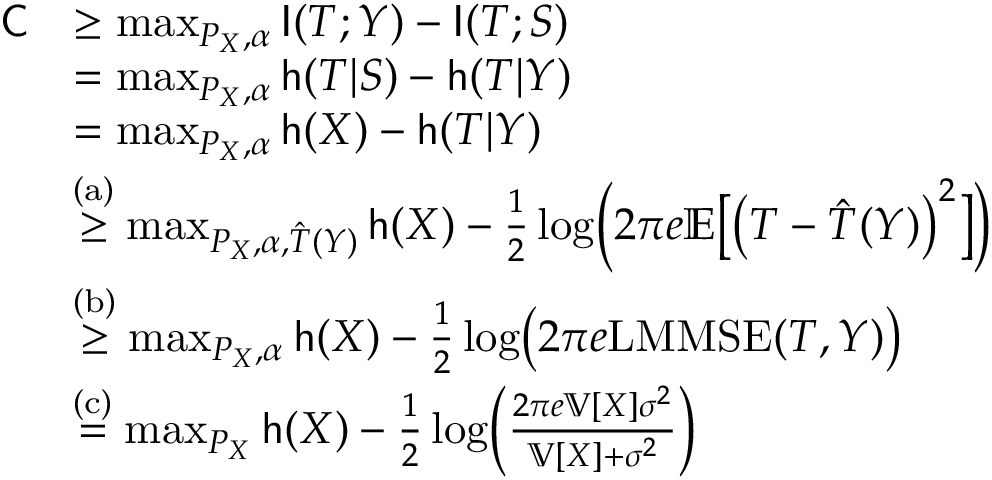
\begin{array} { r l } { \mathsf { C } } & { \ge \operatorname* { m a x } _ { P _ { X } , \alpha } \mathsf { I } ( T ; Y ) - \mathsf { I } ( T ; S ) } \\ & { = \operatorname* { m a x } _ { P _ { X } , \alpha } \mathsf { h } ( T | S ) - \mathsf { h } ( T | Y ) } \\ & { = \operatorname* { m a x } _ { P _ { X } , \alpha } \mathsf { h } ( X ) - \mathsf { h } ( T | Y ) } \\ & { \overset { \mathrm { ( a ) } } { \ge } \operatorname* { m a x } _ { P _ { X } , \alpha , \hat { T } ( Y ) } \mathsf { h } ( X ) - \frac { 1 } { 2 } \log \Bigl ( 2 \pi e \mathbb { E } \bigl [ \bigl ( T - \hat { T } ( Y ) \bigr ) ^ { 2 } \bigr ] \Bigr ) } \\ & { \overset { \mathrm { ( b ) } } { \ge } \operatorname* { m a x } _ { P _ { X } , \alpha } \mathsf { h } ( X ) - \frac { 1 } { 2 } \log \bigl ( 2 \pi e \mathrm { L M M S E } ( T , Y ) \bigr ) } \\ & { \overset { \mathrm { ( c ) } } { = } \operatorname* { m a x } _ { P _ { X } } \mathsf { h } ( X ) - \frac { 1 } { 2 } \log \Bigl ( \frac { 2 \pi e \mathbb { V } [ X ] \sigma ^ { 2 } } { \mathbb { V } [ X ] + \sigma ^ { 2 } } \Bigr ) } \end{array}